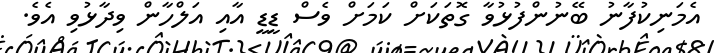
އެމަނިކުފާނު ބޭނުންފުޅުވާ ގޮތަކަށް ކަމަށް ވެސް ޑީޑީ އާއި އަލްހާން ވިދާޅުވި އެވެ.